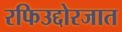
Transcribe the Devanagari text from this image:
रफिउद्दोरजात